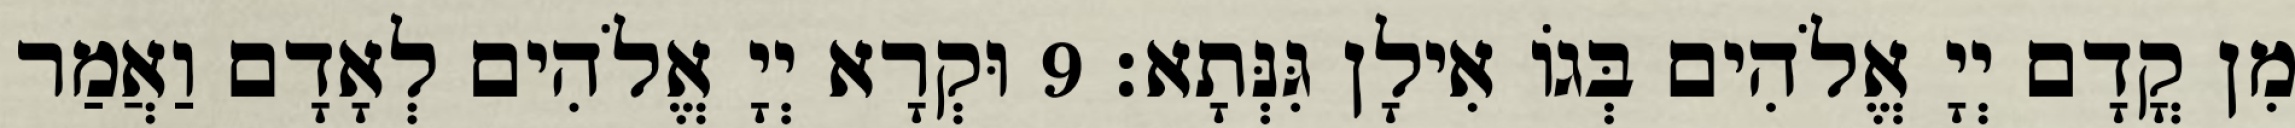
מִן קֳדָם יְיָ אֱלֹהִים בְּגוֹ אִילָן גִּנְּתָא׃ 9 וּקְרָא יְיָ אֱלֹהִים לְאָדָם וַאֲמַר